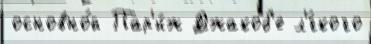
основно́й Пар'и́ж Джакоб'е л'́гкого